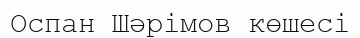
Оспан Шәрімов көшесі